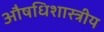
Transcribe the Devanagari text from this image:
औषधिशास्त्रीय